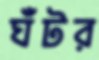
ঘঁটর